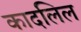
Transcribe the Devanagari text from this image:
कादलिल